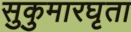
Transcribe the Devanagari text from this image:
सुकुमारघृता